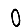
Digit: 0